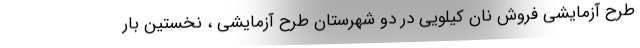
طرح آزمایشی فروش نان کیلویی در دو شهرستان طرح آزمایشی ، نخستین بار